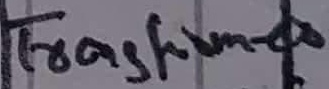
Text: Transformer